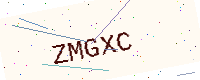
Text: ZMGXC